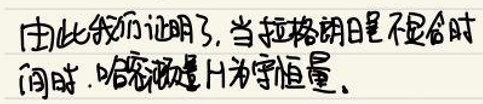
由此我们证明了，当拉格朗日量不显含时间时，哈密顿量\(H\)为守恒量。